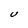
Character: U